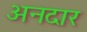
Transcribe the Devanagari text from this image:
अनदार